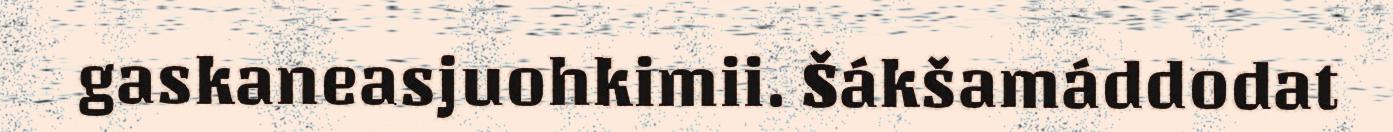
gaskaneasjuohkimii. Šákšamáddodat